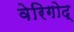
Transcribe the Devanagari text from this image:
वेरिगोद्